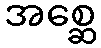
အစ္ဆေ